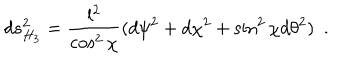
LaTeX: d s _ { H _ { 3 } } ^ { 2 } = { \frac { l ^ { 2 } } { \cos ^ { 2 } \chi } } ( d \psi ^ { 2 } + d \chi ^ { 2 } + \sin ^ { 2 } \chi d \theta ^ { 2 } ) ~ ~ .